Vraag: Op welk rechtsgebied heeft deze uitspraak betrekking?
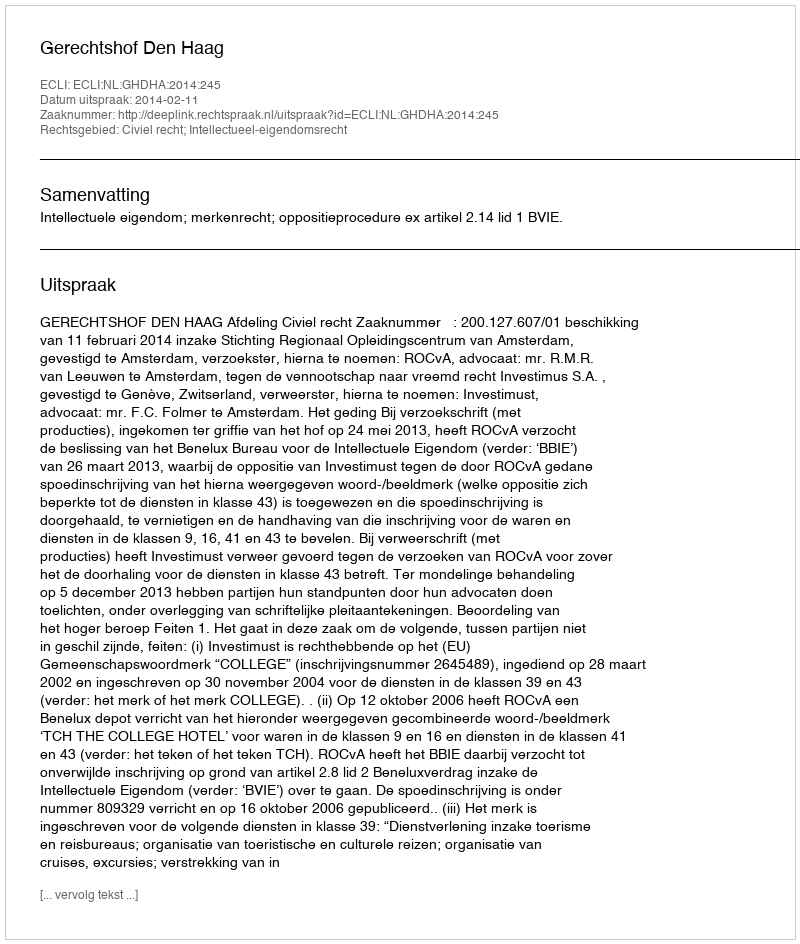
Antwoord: Civiel recht; Intellectueel-eigendomsrecht